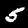
Digit: 5